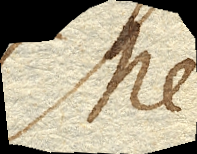
Me-